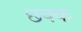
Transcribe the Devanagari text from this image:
छक्क